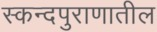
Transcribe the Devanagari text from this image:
स्कन्दपुराणातील